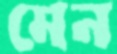
মেন